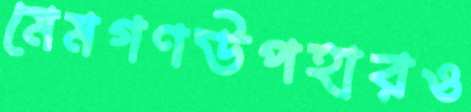
মেমগণউপহারও